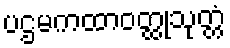
ပဌမကထာဝတ္ထုသုတ္တံ